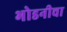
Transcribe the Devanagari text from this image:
भोडनीचा